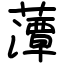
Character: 藫